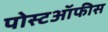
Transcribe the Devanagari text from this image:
पोस्टऑफीस